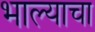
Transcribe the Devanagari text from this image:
भाल्याचा